Report of the King Institute of Preventive Medicine, Guindy
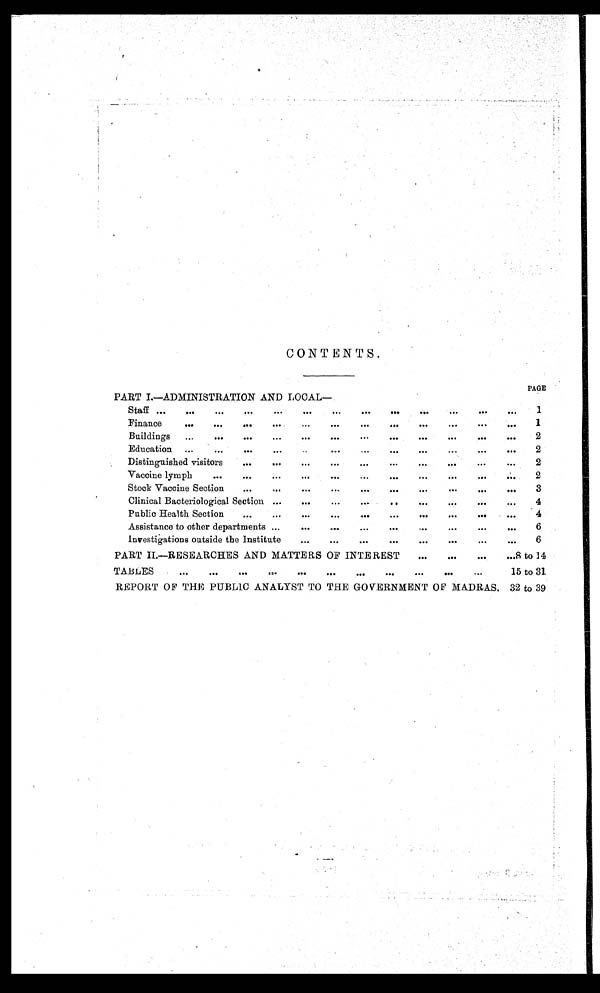
CONTENTS.
PAGE
PART I.—ADMINISTRATION AND LOCAL—
Staff
1
Finance
1
Buildings
2
Education
2
Distinguished visitors
2
Vaccine lymph
2
Stock Vaccine Section
3
Clinical Bacteriological Section
4
Public Health Section
4
Assistance to other departments
6
Investigations outside the Institute
6
PART II.—RESEARCHES AND MATTERS OF INTEREST
8 to 14
TABLES
15 to 31
REPORT OF THE PUBLIC ANALYST TO THE GOVERNMENT OF MADRAS.
32 to 39